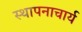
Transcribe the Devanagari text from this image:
स्थापनाचार्य